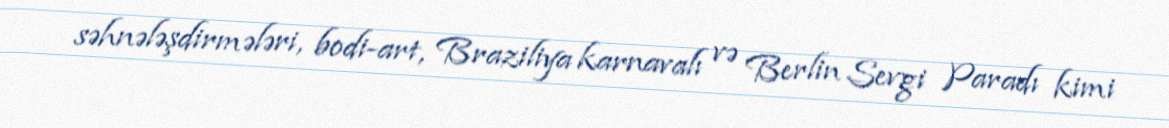
səhnələşdirmələri, bodi-art, Braziliya karnavalı və Berlin Sevgi Paradı kimi